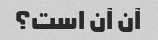
آن آن است؟